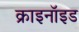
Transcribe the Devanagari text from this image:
क्राइनॉइड